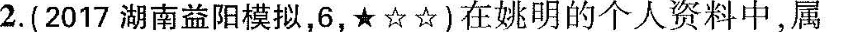
2.(2017湖南益阳模拟，6，\star ☆☆)在姚明的个人资料中，属